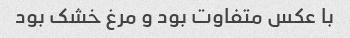
با عکس متفاوت بود و مرغ خشک بود